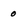
Character: 0